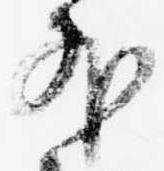
外